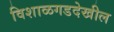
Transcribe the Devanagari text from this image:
विशाळगडदेखील